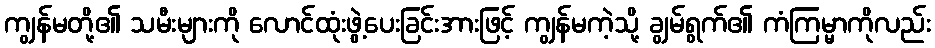
ကျွန်မတို့၏ သမီးများကို လောင်ထုံးဖွဲ့ပေးခြင်းအားဖြင့် ကျွန်မကဲ့သို့ ချွမ်ရွက်၏ ကံကြမ္မာကိုလည်း